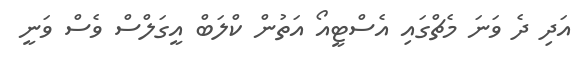
އަދި ދެ ވަނަ މެޗްގައި އެސްޓީއޯ އަތުން ކްލަބް އީގަލްސް ވެސް ވަނީ